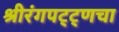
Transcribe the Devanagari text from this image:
श्रीरंगपट्ट्णचा